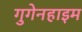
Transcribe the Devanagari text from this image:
गुगेनहाइम